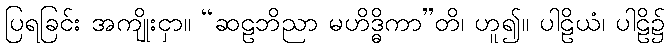
ပြရခြင်း အကျိုးငှာ။ “ဆဠဘိညာ မဟိဒ္ဓိကာ”တိ၊ ဟူ၍။ ပါဠိယံ၊ ပါဠိ၌